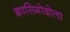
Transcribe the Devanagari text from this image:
क्वासिमोदोला